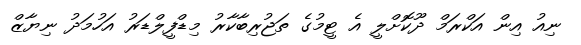
ނިއު އިން އަކްރަމް ދޫކޮށްލީ އެ ޓީމުގެ ތަޖުރިބާކާރު މިޑްފީލްޑަރު އަހުމަދު ނިޔާޒް